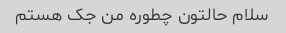
سلام حالتون چطوره من جک هستم